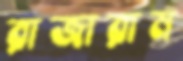
রাজারাম